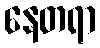
နေတရာ